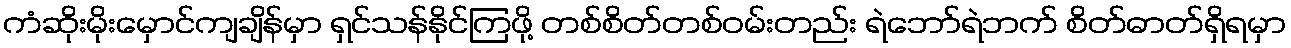
ကံဆိုးမိုးမှောင်ကျချိန်မှာ ရှင်သန်နိုင်ကြဖို့ တစ်စိတ်တစ်ဝမ်းတည်း ရဲဘော်ရဲဘက် စိတ်ဓာတ်ရှိရမှာ